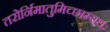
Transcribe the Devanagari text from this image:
तरोर्निमातुमिच्छाम्यधः